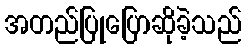
အတည်ပြုပြောဆိုခဲ့သည်